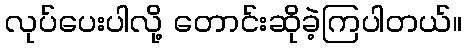
လုပ်ပေးပါလို့ တောင်းဆိုခဲ့ကြပါတယ်။